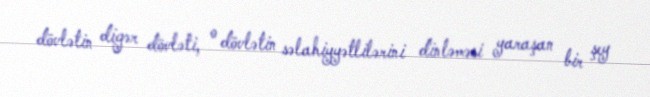
dövlətin digər dövləti, o dövlətin səlahiyyətlilərini dinləməsi yaraşan bir şey